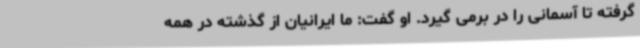
گرفته تا آسمانی را در برمی گیرد. او گفت: ما ایرانیان از گذشته در همه